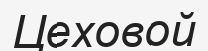
Цеховой